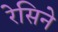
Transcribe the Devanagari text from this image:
रेसिने